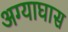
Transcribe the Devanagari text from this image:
अग्याघास